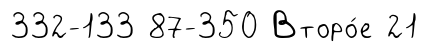
332-133 87-350 Второ́е 21